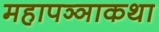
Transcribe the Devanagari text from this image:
महापञ्ञाकथा